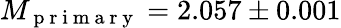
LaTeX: M_{\mathrm{~p~r~i~m~a~r~y~}}=2.057\pm 0.001